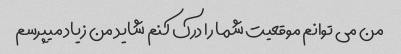
من می توانم موقعیت شما را درک کنم شاید من زیاد میپرسم